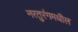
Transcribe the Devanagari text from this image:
नरतुरंगमधील